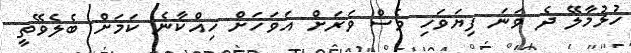
ހުޅުމާލޭ ދެ ވަނަ ފިޔަވަހި ވެސް ވަރަށް އަވަހަށް ހިއްކާނެ ކަމަށް ބެލެވޭތީ